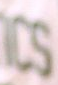
CS